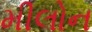
મીલોન